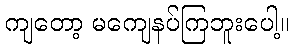
ကျတော့ မကျေနပ်ကြဘူးပေါ့။